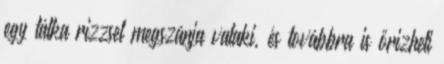
egy tálka rizzsel megszánja valaki, és továbbra is őrizheti